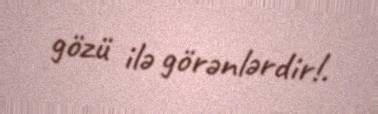
gözü ilə görənlərdir!.